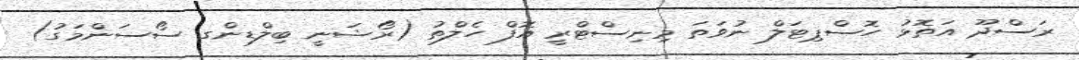
ރަސްދޫ އަތޮޅު ހޮސްޕިޓަލް ނުވަތަ މިނިސްޓްރީ އޮފް ހެލްތު (ރޯޝަނީ ބިލްޑިންގ ސޯސަންމަގު)